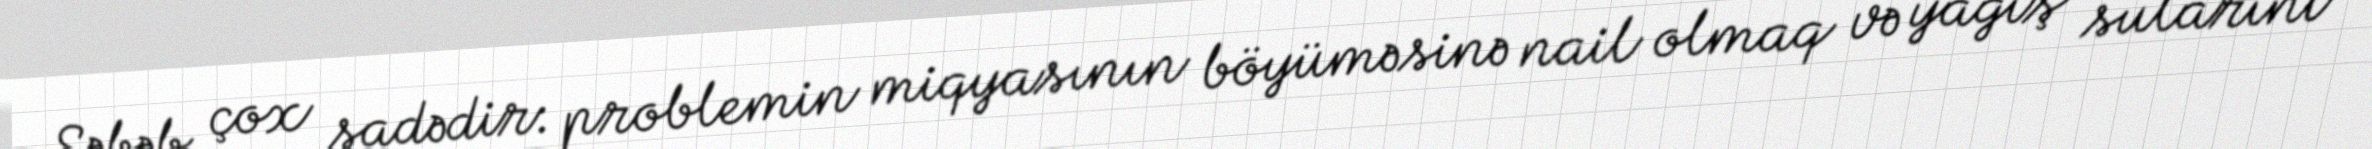
Səbəb çox sadədir: problemin miqyasının böyüməsinə nail olmaq və yağış sularını